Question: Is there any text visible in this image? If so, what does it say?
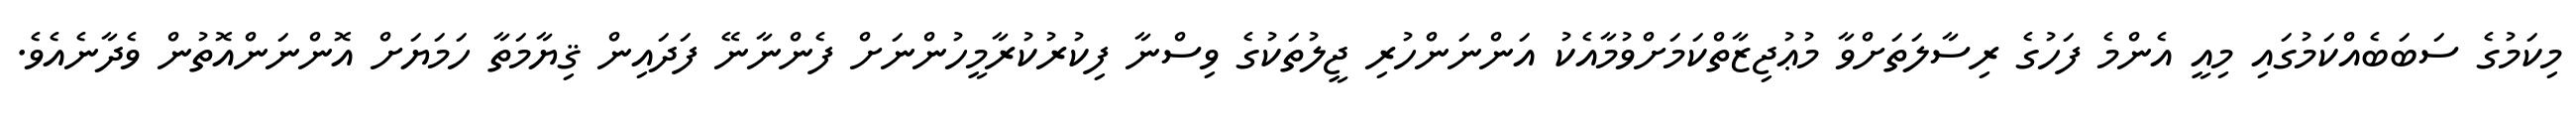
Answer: މިކަމުގެ ސަބަބެއްކަމުގައި މިއީ އެންމެ ފަހުގެ ރިސާލަތަށްވާ މުޢުޖިޒާތްކަމަށްވުމާއެކު އަންނަންހުރި ޖީލުތަކުގެ ވިސްނާ ފިކުރުކުރާމީހުންނަށް ފެންނާނޭ ފަދައިން ޤިޔާމަތާ ހަމަޔަށް އޮންނަންއޮތުން ވެދާނެއެވެ.